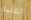
العلبة